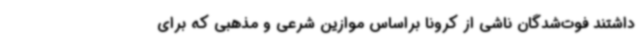
داشتند فوت‌شدگان ناشی از کرونا براساس موازین شرعی و مذهبی که برای